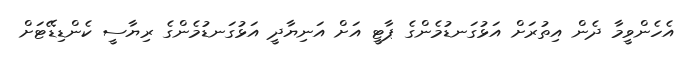
އެހެންވީމާ ދެން އިތުރަށް އަޅުގަނޑުމެންގެ ޕާޓީ އަށް އަނިޔާދީ އަޅުގަނޑުމެންގެ ރިޔާސީ ކެންޑިޑޭޓަށް